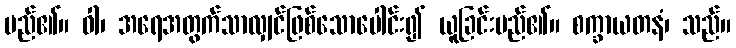
မည်၏။ ဝါ၊ အရေအတွက်သာလျှင်ဖြစ်သောပေါင်း၍ ယူခြင်းမည်၏။ စက္ခာယတနံ၊ သည်။